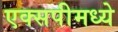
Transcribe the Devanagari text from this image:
एक्सपीमध्ये